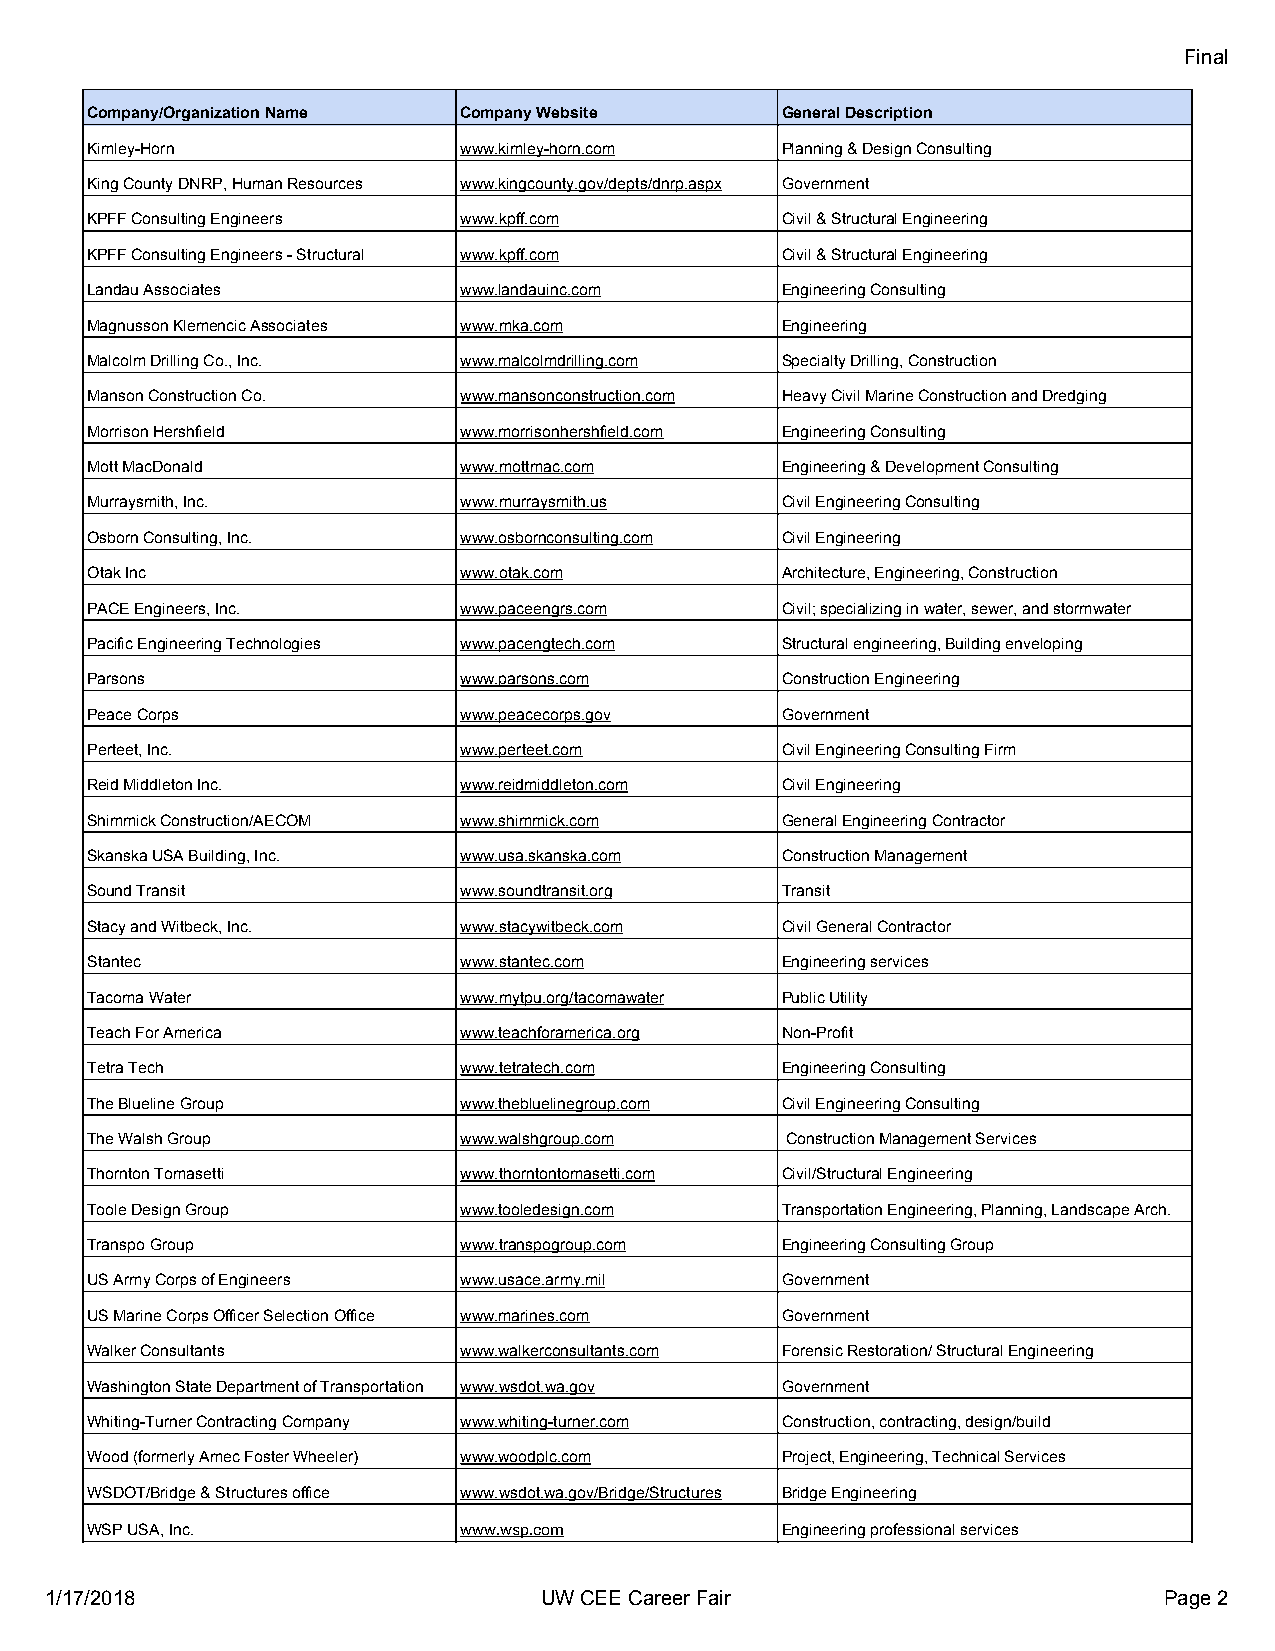
Final
 Company/Organization Name Company Website     General Description
 Kimley-Horn             www.kimley-horn.com   Planning & Design Consulting
 King County DNRP, Human Resources www.kingcounty.gov/depts/dnrp.aspx Government
 KPFF Consulting Engineers www.kpff.com        Civil & Structural Engineering
 KPFF Consulting Engineers - Structural www.kpff.com Civil & Structural Engineering
 Landau Associates       www.landauinc.com     Engineering Consulting
 Magnusson Klemencic Associates www.mka.com    Engineering
 Malcolm Drilling Co., Inc. www.malcolmdrilling.com Specialty Drilling, Construction
 Manson Construction Co. www.mansonconstruction.com Heavy Civil Marine Construction and Dredging
 Morrison Hershfield     www.morrisonhershfield.com Engineering Consulting
 Mott MacDonald          www.mottmac.com       Engineering & Development Consulting
 Murraysmith, Inc.       www.murraysmith.us    Civil Engineering Consulting
 Osborn Consulting, Inc. www.osbornconsulting.com Civil Engineering
 Otak Inc                www.otak.com          Architecture, Engineering, Construction
 PACE Engineers, Inc.    www.paceengrs.com     Civil; specializing in water, sewer, and stormwater
 Pacific Engineering Technologies www.pacengtech.com Structural engineering, Building enveloping
 Parsons                 www.parsons.com       Construction Engineering
 Peace Corps             www.peacecorps.gov    Government
 Perteet, Inc.           www.perteet.com       Civil Engineering Consulting Firm
 Reid Middleton Inc.     www.reidmiddleton.com Civil Engineering
 Shimmick Construction/AECOM www.shimmick.com  General Engineering Contractor
 Skanska USA Building, Inc. www.usa.skanska.com Construction Management
 Sound Transit           www.soundtransit.org  Transit
 Stacy and Witbeck, Inc. www.stacywitbeck.com  Civil General Contractor
 Stantec                 www.stantec.com       Engineering services
 Tacoma Water            www.mytpu.org/tacomawater Public Utility
 Teach For America       www.teachforamerica.org Non-Profit
 Tetra Tech              www.tetratech.com     Engineering Consulting
 The Blueline Group      www.thebluelinegroup.com Civil Engineering Consulting
 The Walsh Group         www.walshgroup.com    Construction Management Services
 Thornton Tomasetti      www.thorntontomasetti.com Civil/Structural Engineering
 Toole Design Group      www.tooledesign.com   Transportation Engineering, Planning, Landscape Arch.
 Transpo Group           www.transpogroup.com  Engineering Consulting Group
 US Army Corps of Engineers www.usace.army.mil Government
 US Marine Corps Officer Selection Office www.marines.com Government
 Walker Consultants      www.walkerconsultants.com Forensic Restoration/ Structural Engineering
 Washington State Department of Transportation www.wsdot.wa.gov Government
 Whiting-Turner Contracting Company www.whiting-turner.com Construction, contracting, design/build
 Wood (formerly Amec Foster Wheeler) www.woodplc.com Project, Engineering, Technical Services
 WSDOT/Bridge & Structures office www.wsdot.wa.gov/Bridge/Structures Bridge Engineering
 WSP USA, Inc.           www.wsp.com           Engineering professional services
 1/17/2018                        UW CEE Career Fair                       Page 2